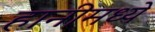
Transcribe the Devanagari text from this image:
हानीमध्ये